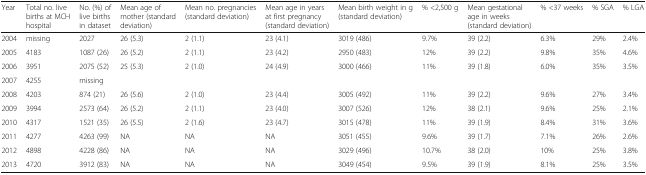
<table><thead><tr><td><b>Year</b></td><td><b>Total no. live births at MCH hospital</b></td><td><b>No. (%) of live births in dataset</b></td><td><b>Mean age of mother (standard deviation)</b></td><td><b>Mean no. pregnancies (standard deviation)</b></td><td><b>Mean age in years at first pregnancy (standard deviation)</b></td><td><b>Mean birth weight in g (standard deviation)</b></td><td><b>% &lt;2,500 g</b></td><td><b>Mean gestational age in weeks (standard deviation)</b></td><td><b>% &lt;37 weeks</b></td><td><b>% SGA</b></td><td><b>% LGA</b></td></tr></thead><tbody><tr><td>2004</td><td>missing</td><td>2027</td><td>26 (5.3)</td><td>2 (1.1)</td><td>23 (4.1)</td><td>3019 (486)</td><td>9.7%</td><td>39 (2.2)</td><td>6.3%</td><td>29%</td><td>2.4%</td></tr><tr><td>2005</td><td>4183</td><td>1087 (26)</td><td>26 (5.2)</td><td>2 (1.1)</td><td>23 (4.2)</td><td>2950 (483)</td><td>12%</td><td>39 (2.2)</td><td>9.8%</td><td>35%</td><td>4.6%</td></tr><tr><td>2006</td><td>3951</td><td>2075 (52)</td><td>25 (5.3)</td><td>2 (1.0)</td><td>24 (4.9)</td><td>3000 (466)</td><td>11%</td><td>39 (1.8)</td><td>6.0%</td><td>35%</td><td>3.5%</td></tr><tr><td>2007</td><td>4255</td><td>missing</td><td></td><td></td><td></td><td></td><td></td><td></td><td></td><td></td><td></td></tr><tr><td>2008</td><td>4203</td><td>874 (21)</td><td>26 (5.6)</td><td>2 (1.0)</td><td>23 (4.4)</td><td>3005 (492)</td><td>11%</td><td>39 (2.2)</td><td>9.6%</td><td>27%</td><td>3.4%</td></tr><tr><td>2009</td><td>3994</td><td>2573 (64)</td><td>26 (5.2)</td><td>2 (1.1)</td><td>23 (4.0)</td><td>3007 (526)</td><td>12%</td><td>38 (2.1)</td><td>9.6%</td><td>25%</td><td>2.1%</td></tr><tr><td>2010</td><td>4317</td><td>1521 (35)</td><td>26 (5.5)</td><td>2 (1.6)</td><td>23 (4.7)</td><td>3015 (478)</td><td>11%</td><td>39 (1.9)</td><td>8.4%</td><td>31%</td><td>3.6%</td></tr><tr><td>2011</td><td>4277</td><td>4263 (99)</td><td>NA</td><td>NA</td><td>NA</td><td>3051 (455)</td><td>9.6%</td><td>39 (1.7)</td><td>7.1%</td><td>26%</td><td>2.6%</td></tr><tr><td>2012</td><td>4898</td><td>4228 (86)</td><td>NA</td><td>NA</td><td>NA</td><td>3029 (496)</td><td>10.7%</td><td>38 (2.0)</td><td>10%</td><td>25%</td><td>3.8%</td></tr><tr><td>2013</td><td>4720</td><td>3912 (83)</td><td>NA</td><td>NA</td><td>NA</td><td>3049 (454)</td><td>9.5%</td><td>39 (1.9)</td><td>8.1%</td><td>25%</td><td>3.5%</td></tr></tbody></table>